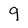
Character: 9